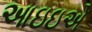
આઇઇએ